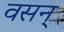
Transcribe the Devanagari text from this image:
वसन्